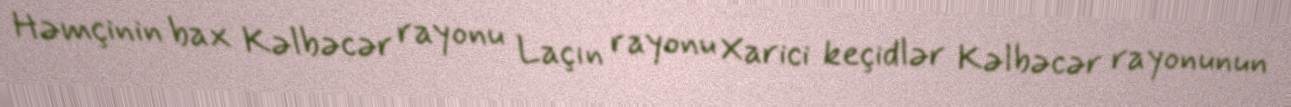
Həmçinin bax Kəlbəcər rayonu Laçın rayonu Xarici keçidlər Kəlbəcər rayonunun